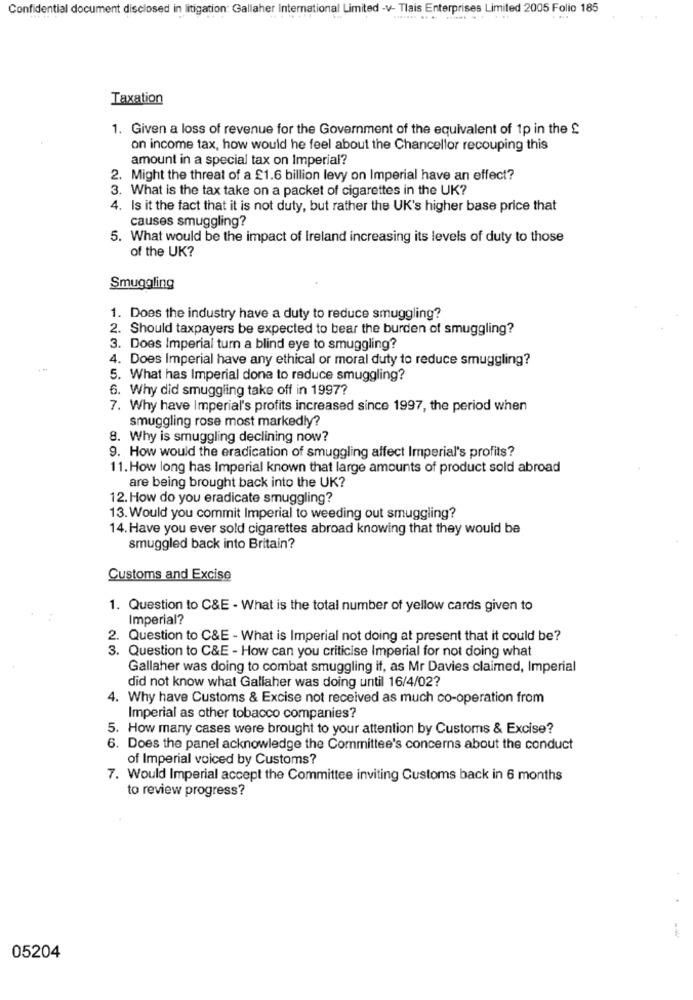
Confidential document disclosed in litigation: Gallaher International Limited -v- Tlais Enterprises Limited 2005 Folio 185
Taxation
1. Given a loss of revenue for the Government of the equivalent of 1p in the £
on income tax, how would he feel about the Chancellor recouping this
amount in a special tax on Imperial?
2. Might the threat of a £1.6 billion levy on Imperial have an effect?
3. What is the tax take on a packet of cigarettes in the UK?
4. Is it the fact that it is not duty, but rather the UK's higher base price that
causes smuggling?
5. What would be the impact of Ireland increasing its levels of duty to those
of the UK?
Smuggling
1. Does the industry have a duty to reduce smuggling?
2. Should taxpayers be expected to bear the burden of smuggling?
3. Does Imperial turn a blind eye to smuggling?
4. Does Imperial have any ethical or moral duty to reduce smuggling?
5. What has Imperial done to reduce smuggling?
6. Why did smuggling take off in 1997?
7. Why have Imperial's profits increased since 1997, the period when
smuggling rose most markedly?
8. Why is smuggling declining now?
9. How would the eradication of smuggling affect Imperial's profits?
11. How long has Imperial known that large amounts of product sold abroad
are being brought back into the UK?
12. How do you eradicate smuggling?
13. Would you commit Imperial to weeding out smuggling?
14. Have you ever sold cigarettes abroad knowing that they would be
smuggled back into Britain?
Customs and Excise
1. Question to C&E - What is the total number of yellow cards given to
Imperial?
2. Question to C&E - What is Imperial not doing at present that it could be?
3. Question to C&E - How can you criticise Imperial for not doing what
Gallaher was doing to combat smuggling if, as Mr Davies claimed, Imperial
did not know what Gallaher was doing until 16/4/02?
4. Why have Customs & Excise not received as much co-operation from
Imperial as other tobacco companies?
5. How many cases were brought to your attention by Customs & Excise?
6. Does the panel acknowledge the Committee's concerns about the conduct
of Imperial voiced by Customs?
7. Would Imperial accept the Committee inviting Customs back in 6 months
to review progress?
05204